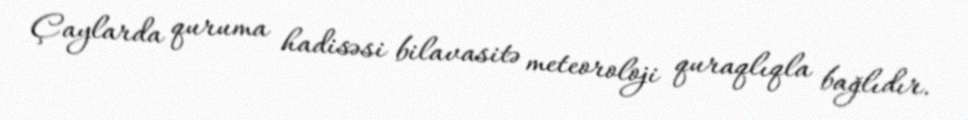
Çaylarda quruma hadisəsi bilavasitə meteoroloji quraqlıqla bağlıdır.